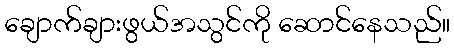
ချောက်ချားဖွယ်အသွင်ကို ဆောင်နေသည်။